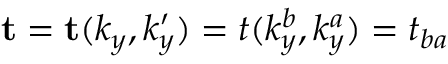
\mathbf { t } = \mathbf { t } ( k _ { y } , k _ { y } ^ { \prime } ) = t ( k _ { y } ^ { b } , k _ { y } ^ { a } ) = t _ { b a }